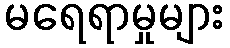
မရေရာမှုများ